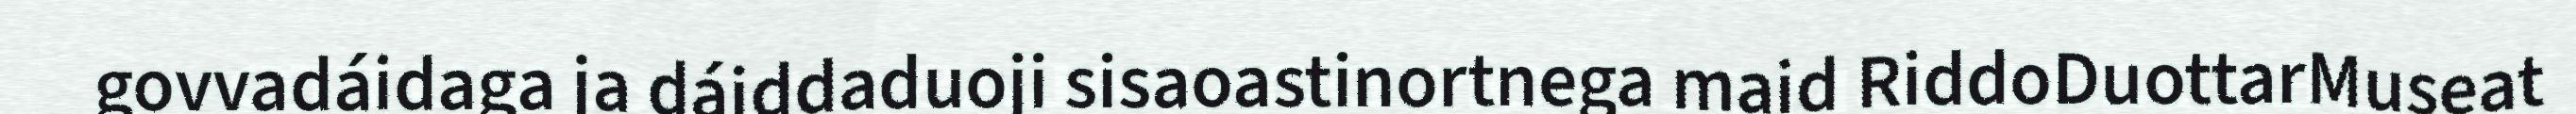
govvadáidaga ja dáiddaduoji sisaoastinortnega maid RiddoDuottarMuseat